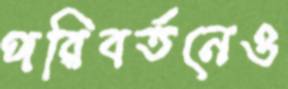
পরিবর্তনেও